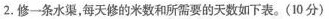
2.修一条水渠，每天修的米数和所需要的天数如下表。(10分)